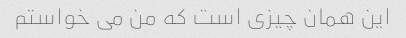
این همان چیزی است که من می خواستم